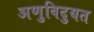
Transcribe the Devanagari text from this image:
अणुविदुयत